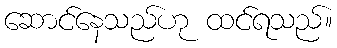
ဆောင်နေသည်ဟု ထင်ရသည်။